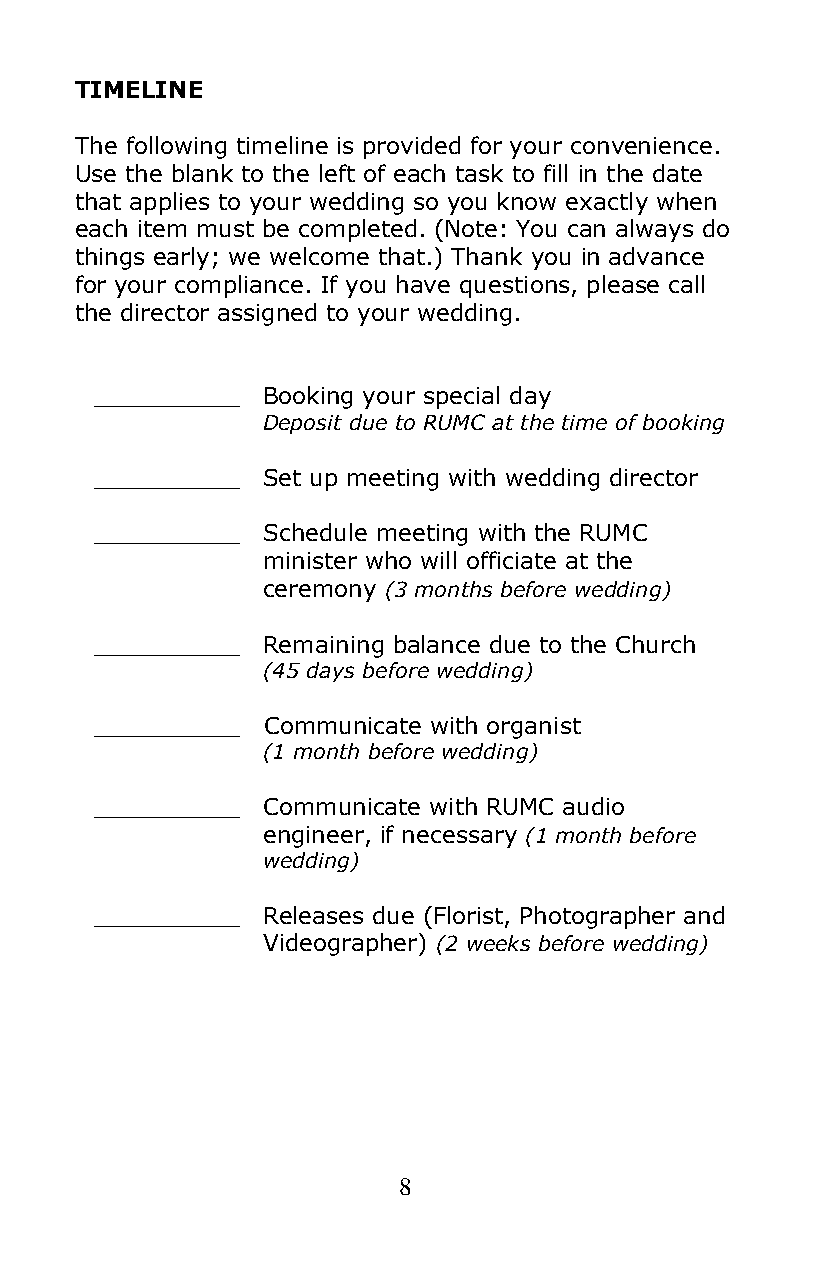
TIMELINE
 The following timeline is provided for your convenience.
 Use the blank to the left of each task to fill in the date
 that applies to your wedding so you know exactly when
 each item must be completed. (Note: You can always do
 things early; we welcome that.) Thank you in advance
 for your compliance. If you have questions, please call
 the director assigned to your wedding.
 __________ Booking your special day
 Deposit due to RUMC at the time of booking
 __________ Set up meeting with wedding director
 __________ Schedule meeting with the RUMC
 minister who will officiate at the
 ceremony (3 months before wedding)
 __________ Remaining balance due to the Church
 (45 days before wedding)
 __________ Communicate with organist
 (1 month before wedding)
 __________ Communicate with RUMC audio
 engineer, if necessary (1 month before
 wedding)
 __________ Releases due (Florist, Photographer and
 Videographer) (2 weeks before wedding)
 8